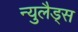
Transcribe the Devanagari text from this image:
न्युलैड्स